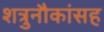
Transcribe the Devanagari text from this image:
शत्रुनौकांसह